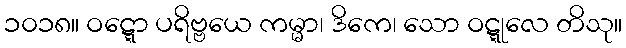
၁၀၁၈။ ဝဋ္ဋော ပရိဗ္ဗယေ ကမ္မာ၊ ဒိကေ၊ သော ဝဋ္ဋုလေ တိသု။